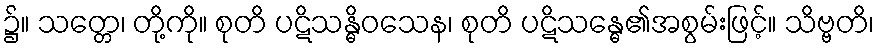
၌။ သတ္တေ၊ တို့ကို။ စုတိ ပဋိသန္ဓိဝသေန၊ စုတိ ပဋိသန္ဓေ၏အစွမ်းဖြင့်။ သိဗ္ဗတိ၊